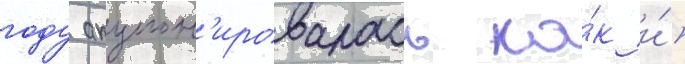
году акцион'ировалась ка́к и́